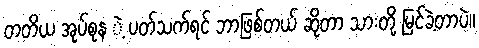
တတိယ အုပ်စုန ဲ့ ပတ်သက်ရင် ဘာဖြစ်တယ် ဆိုတာ သားတို့ မြင်ခဲ့တာပဲ။